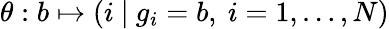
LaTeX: \theta:b\mapsto(i\ |\ g_{i}=b,\ i=1,\dots,N)